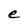
Character: e